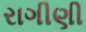
રાગીણી